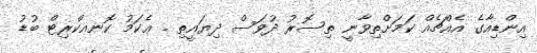
އިންޑިއާގެ އެއްޗެއް ކަމަށްތިވާނީ ތިސޮރު ދުވަސް ދިޔައީތި . ޢެކަމު ކޮނއކްރިޓް ބުޑު